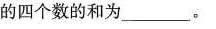
的四个数的和为___。